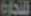
للتجارة